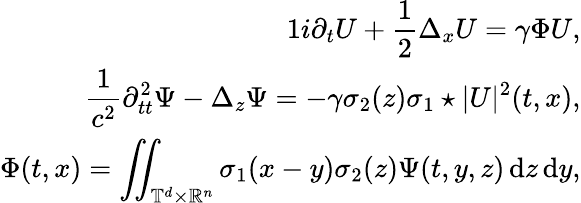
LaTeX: \begin{array}{r}{{1}i\partial_{t}U+\displaystyle\frac{1}{2}\Delta_{x}U=\gamma\Phi U,}\\ {\displaystyle\frac 1{c^{2}}\partial_{tt}^{2}\Psi-\Delta_{z}\Psi=-\gamma\sigma_{2}(z)\sigma_{1}\star|U|^{2}(t,x),}\\ {\Phi(t,x)=\displaystyle\iint_{\mathbb T^{d}\times\mathbb R^{n}}\sigma_{1}(x-y)\sigma_{2}(z)\Psi(t,y,z)\, {\mathrm{d}}z\, {\mathrm{d}}y,}\end{array}